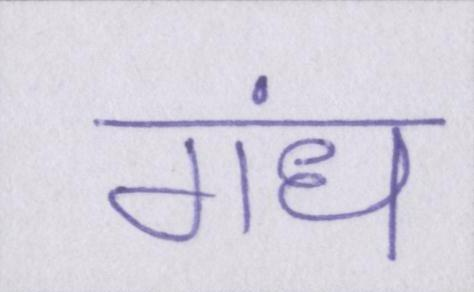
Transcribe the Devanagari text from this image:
गंध